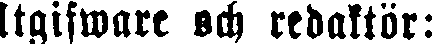
Utgifware och redaktör: